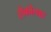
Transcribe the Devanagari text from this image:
सेकोलाह